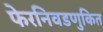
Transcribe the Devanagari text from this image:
फेरनिवडणुकित